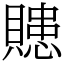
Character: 贃